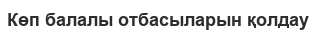
Көп балалы отбасыларын қолдау